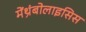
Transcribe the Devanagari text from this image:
मेंथ्रंबोलाइसिस